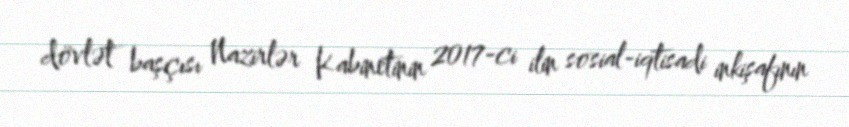
dövlət başçısı Nazirlər Kabinetinin 2017-ci ilin sosial-iqtisadi inkişafının